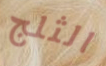
الثلج